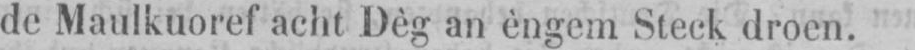
de Maulkuoref acht Dèg an èngem Steck droen.